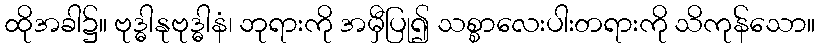
ထိုအခါ၌။ ဗုဒ္ဓါနုဗုဒ္ဓါနံ၊ ဘုရားကို အမှီပြု၍ သစ္စာလေးပါးတရားကို သိကုန်သော။